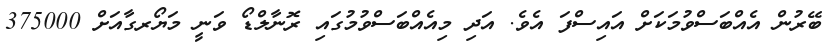
ބޭރުން އެއްބަސްވުމަކަށް އައިސްފަ އެވެ. އަދި މިއެއްބަސްވުމުގައި ރޮނާލްޑޯ ވަނީ މަޔޯރގާއަށް 375000